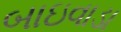
બાઇવાડા